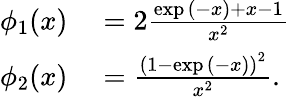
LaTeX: \begin{array}{rl}{\phi_{1}(x)}&{{}=2\frac{\exp{(-x)}+x-1}{x^{2}}}\\ {\phi_{2}(x)}&{{}=\frac{\left(1-\exp{(-x)}\right)^{2}}{x^{2}}.}\end{array}